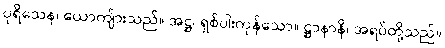
ပုရိသေန၊ ယောကျ်ားသည်။ အဋ္ဌ၊ ရှစ်ပါးကုန်သော။ ဋ္ဌာနာနိ၊ အရပ်တို့သည်။